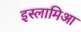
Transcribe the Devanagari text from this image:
इस्लामिआ